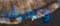
وتعيش